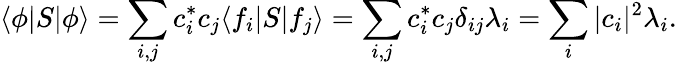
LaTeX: \langle\phi|S|\phi\rangle=\sum_{i,j}c_{i}^{*}c_{j}\langle f_{i}|S|f_{j}\rangle=\sum_{i,j}c_{i}^{*}c_{j}\delta_{ij}\lambda_{i}=\sum_{i}|c_{i}|^{2}\lambda_{i}.